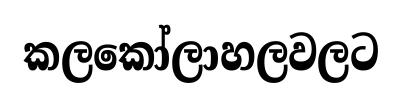
කලකෝලාහලවලට